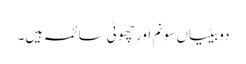
دو بیٹیاں سونم اور چھوٹی سائمہ ہیں۔